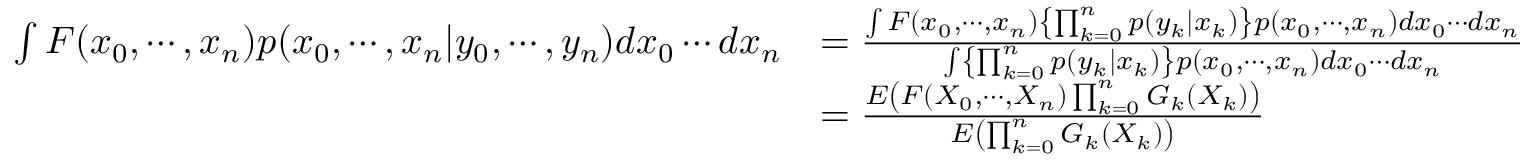
{ \begin{array} { r l } { \int F ( x _ { 0 } , \cdots , x _ { n } ) p ( x _ { 0 } , \cdots , x _ { n } | y _ { 0 } , \cdots , y _ { n } ) d x _ { 0 } \cdots d x _ { n } } & { = { \frac { \int F ( x _ { 0 } , \cdots , x _ { n } ) \left\{ \prod _ { k = 0 } ^ { n } p ( y _ { k } | x _ { k } ) \right\} p ( x _ { 0 } , \cdots , x _ { n } ) d x _ { 0 } \cdots d x _ { n } } { \int \left\{ \prod _ { k = 0 } ^ { n } p ( y _ { k } | x _ { k } ) \right\} p ( x _ { 0 } , \cdots , x _ { n } ) d x _ { 0 } \cdots d x _ { n } } } } \\ & { = { \frac { E \left( F ( X _ { 0 } , \cdots , X _ { n } ) \prod _ { k = 0 } ^ { n } G _ { k } ( X _ { k } ) \right) } { E \left( \prod _ { k = 0 } ^ { n } G _ { k } ( X _ { k } ) \right) } } } \end{array} }